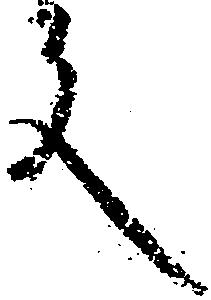
文